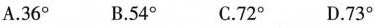
A.36° B.54° C.72° D.73°